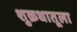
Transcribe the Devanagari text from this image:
शुक्रधातूला